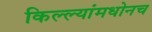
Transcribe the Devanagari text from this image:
किल्ल्यांमधोनच